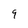
Character: 9